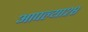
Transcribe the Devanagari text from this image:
आपल्या२८